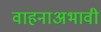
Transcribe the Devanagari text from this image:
वाहनाअभावी